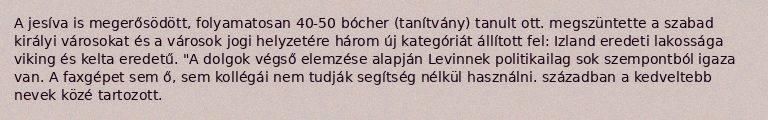
A jesíva is megerősödött, folyamatosan 40-50 bócher (tanítvány) tanult ott. megszüntette a szabad királyi városokat és a városok jogi helyzetére három új kategóriát állított fel: Izland eredeti lakossága viking és kelta eredetű. "A dolgok végső elemzése alapján Levinnek politikailag sok szempontból igaza van. A faxgépet sem ő, sem kollégái nem tudják segítség nélkül használni. században a kedveltebb nevek közé tartozott.